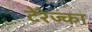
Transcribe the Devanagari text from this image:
टेरेज्का